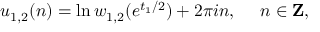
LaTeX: u _ { 1 , 2 } ( n ) = \ln w _ { 1 , 2 } ( e ^ { t _ { 1 } / 2 } ) + 2 \pi i n , ~ ~ ~ ~ n \in { \bf Z } ,